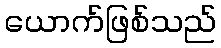
ယောက်ဖြစ်သည်